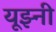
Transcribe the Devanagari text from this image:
यूझ्नी